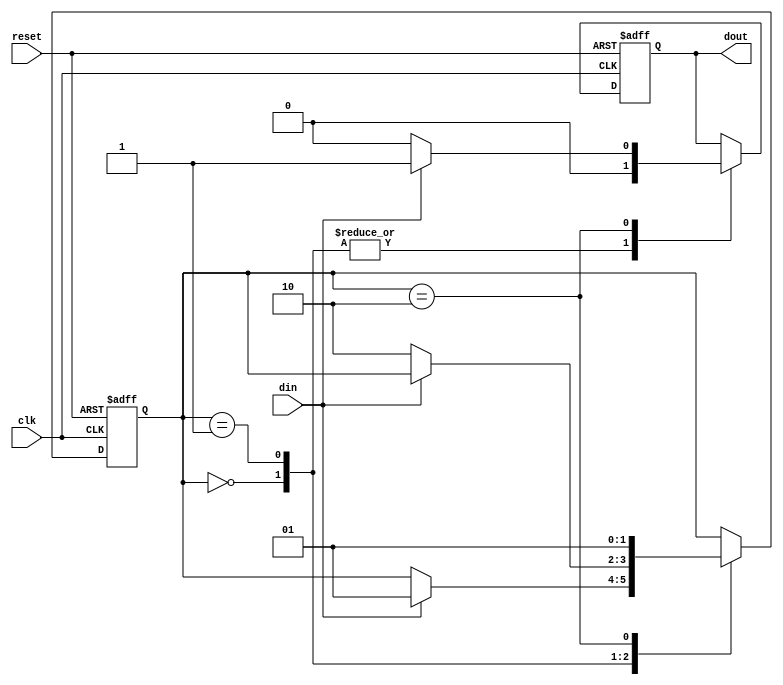
module sequence101(reset, clk, din, dout);
  input reset ,clk,din;
  output dout;
  reg dout;
  
  parameter size=2;
  parameter S0=2'b00, S1=2'b01, S2=2'b10;
  
  reg [size-1:0] state;
  
  always @(posedge clk or posedge reset) begin
    if(reset) begin
      dout <= 1'b0;
      state <= S0;
    end
    else begin
      case(state)
        S0: begin
          if(din) begin
            state <= S1;
            dout <=1'b0;
          end
          else
            dout <=1'b0;
        end
        S1: begin
          if(~din) begin
            state <= S2;
            dout <=1'b0;
          end
          else
            dout <=1'b0;
        end
        S2: begin
          if(din) begin
            state <= S1;
            dout <=1'b1;
          end
          else begin
            state <= S1;
            dout <=1'b0;
          end
        end
      endcase
    end
  end

endmodule